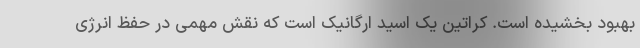
بهبود بخشیده است. کراتین یک اسید ارگانیک است که نقش مهمی در حفظ انرژی